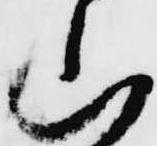
山